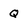
Character: Q